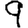
Digit: 9